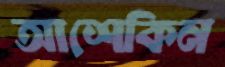
আশেকিন